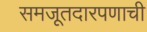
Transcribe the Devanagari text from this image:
समजूतदारपणाची